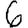
Digit: 6